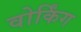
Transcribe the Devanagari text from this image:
वोर्किंग